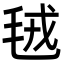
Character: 毧